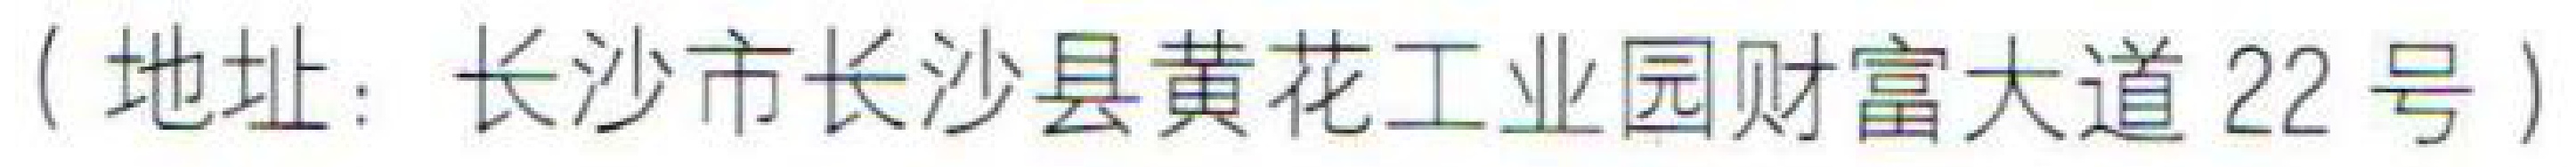
（地址：长沙市长沙县黄花工业园财富大道 22 号）